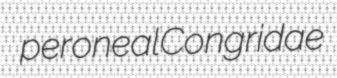
peroneal Congridae